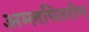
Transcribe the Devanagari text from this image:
अम्लपितरोग